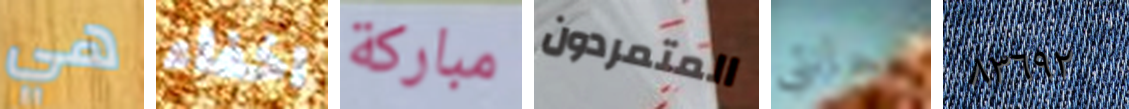
هي اخفاء مباركة المتمردون حانتي ٨٣٦٩٢